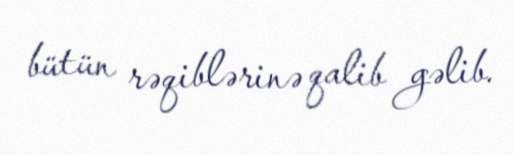
bütün rəqiblərinə qalib gəlib.